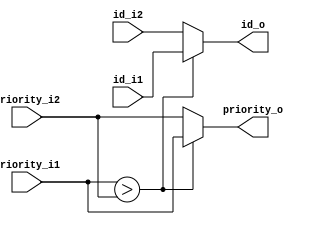
module compare(
input[2:0]priority_i1,
input[3:0]id_i1,
input[2:0]priority_i2,
input[3:0]id_i2,
output[2:0]priority_o,
output[3:0]id_o);
assign priority_o=(priority_i1 > priority_i2) ? priority_i1 : priority_i2;
assign id_o		 =(priority_i1 > priority_i2)	? id_i1		  :id_i2;
endmodule